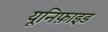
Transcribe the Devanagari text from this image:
यूनिफ़ाइड